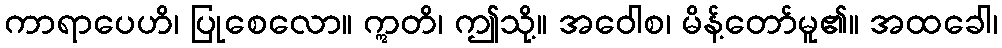
ကာရာပေဟိ၊ ပြုစေလော။ ဣတိ၊ ဤသို့။ အဝေါစ၊ မိန့်တော်မူ၏။ အထခေါ၊